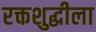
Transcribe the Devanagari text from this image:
रक्तशुद्धीला